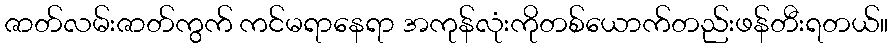
ဇာတ်လမ်းဇာတ်ကွက် ကင်မရာနေရာ အကုန်လုံးကိုတစ်ယောက်တည်းဖန်တီးရတယ်။